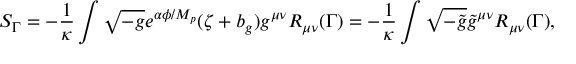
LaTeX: S _ { \Gamma } = - \frac { 1 } { \kappa } \int \sqrt { - g } e ^ { \alpha \phi / M _ { p } } ( \zeta + b _ { g } ) g ^ { \mu \nu } R _ { \mu \nu } ( \Gamma ) = - \frac { 1 } { \kappa } \int \sqrt { - \tilde { g } } \tilde { g } ^ { \mu \nu } R _ { \mu \nu } ( \Gamma ) ,